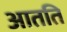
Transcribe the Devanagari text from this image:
आतति